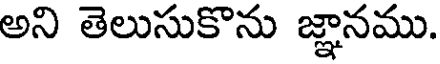
అని తెలుసుకొను జ్ఞానము.